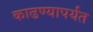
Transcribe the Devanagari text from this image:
काढण्यापर्यंत